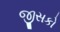
જીસકો